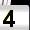
Digit: 4